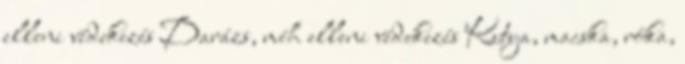
elleni védekezés Darázs, méh elleni védekezés Kutya, macska, róka,